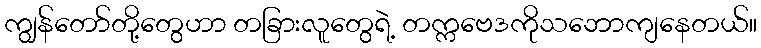
ကျွန်တော်တို့တွေဟာ တခြားလူတွေရဲ့ တက္ကဗေဒကိုသဘောကျနေတယ်။